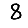
Digit: 8